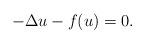
LaTeX: \begin{align*} -\Delta u - f(u) = 0. \end{align*}